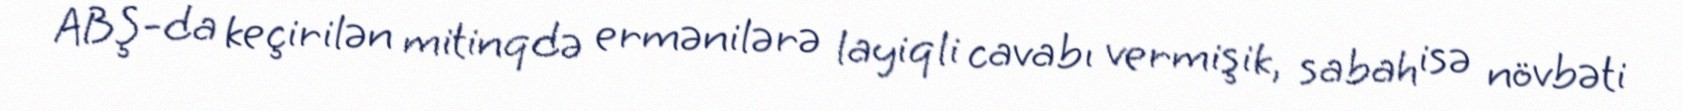
ABŞ-da keçirilən mitinqdə ermənilərə layiqli cavabı vermişik, sabah isə növbəti